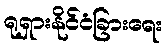
ရုရှားနိုင်ငံခြားရေး